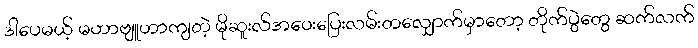
ဒါပေမယ့် မဟာဗျူဟာကျတဲ့ မိုဆူးလ်အဝေးပြေးလမ်းတလျှောက်မှာတော့ တိုက်ပွဲတွေ ဆက်လက်